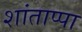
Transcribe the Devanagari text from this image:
शांताप्पा